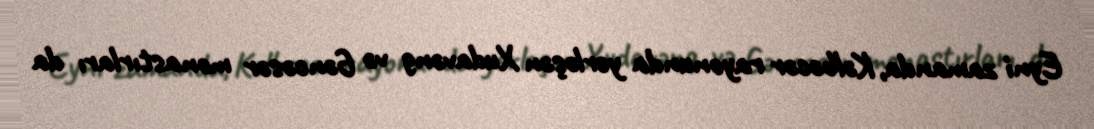
Eyni zamanda, Kəlbəcər rayonunda yerləşən Xudavəng və Gəncəsər monastırları da